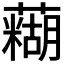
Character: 𫊊